Annual report of the Punjab Veterinary College and of the Civil Veterinary Department, Punjab - 1894-1908
Year: 1894
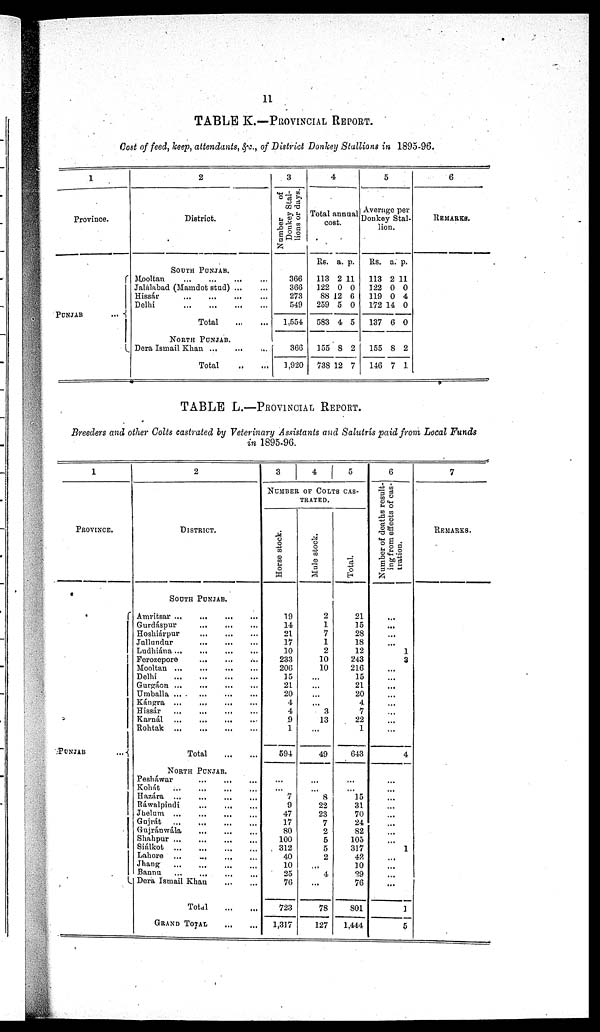
11
TABLE K.—PROVINCIAL REPORT.
Cost of feed, keep, attendants, &c., of District Donkey Stallions in 1895-96.
1
Province.
PUNJAB ...
2
District.
SOUTH PUNJAB.
Mooltan
...
...
...
Jalalabad (Mamdot stud) ...
Hissár ... ... ... ...
Delhi
...
...
...
...
Total
...
...
NORTH PUNJAB.
Dera Ismail Khan ... ... ...
Total
...
...
3
Number
of
Donkey Stal-
lions or days.
366
366
273
549
1,554
366
1,920
4
Total annual
cost.
Rs.
113
122
88
259
583
155
738
a.
2
0
12
5
4
8
12
p.
11
0
6
0
5
2
7
5
Average per
Donkey Stal-
lion.
Rs.
113
122
119
172
137
155
146
a.
2
0
0
14
6
8
7
p.
11
0
4
0
0
2
1
6
REMARKS.
TABLE L.—PROVINCIAL REPORT.
Breeders and other Colts castrated by Veterinary Assistants and Salutrís paid from Local Funds
in 1895-96.
1
PROVINCE.
PUNJAB
...
2
DISTRICT.
SOUTH PUNJAB.
Amritsar ... ... ... ... ...
Gurdáspur ... ... ... ...
Hoshiárpur ... ... ... ...
Jallundur ... ... ... ...
Ludhiána ... ... ... ... ...
Ferozepore ... ... ... ...
Mooltan ... ... ... ... ...
Delhi ... ... ... ... ...
Gurgáon ... ... ... ... ...
Umballa ... ... ... ... ...
Kángra ... ... ... ... ...
Hissár ... ... ... ... ...
Karnál ... ... ... ... ...
Rohtak ... ... ... ... ...
NORTH PUNJAB.
Peshawar ... ... ... ...
Kohát ... ... ... ... ...
Hazára ... ... ... ... ...
Rawalpindi ... ... ... ...
Jhelum ... ... ... ... ...
Gujrát ... ... ... ... ...
Gujránwála ... ... ... ...
Shahpur ... ... ... ... ...
Siálkot ... ... ... ... ...
Lahore ... ... ... ...
Jhang ... ... ... ... ...
Bannu .. ... ... ... ... .
Dera Ismail Khan ... ...
Total ... ...
GRAND TOTAL ... ...
3
4
5
NUMBER OF COLTS CAS-
TRATED.
Horse stock.
19
14
21
17
10
233
206
15
21
20
4
4
9
1
594
...
... 7
9
47
17
80
100
312
40
10
25
76
723
1,317
Mule stock.
2
1
7
1
2
10
10
...
...
... ...
3
13
...
49
...
... 8
22
23
7
2
5
5
2
...
4
...
78
127
Total.
21
15
28
18
12
243
216
15
21
20
4
7
22
1
643
...
...
15
31
70
24
82
105
317
42
10
29
76
801
1,444
6
Number of deaths result-
ing from effects of cas-
tration.
...
...
...
...
1
3
...
...
...
...
...
...
...
...
4
...
...
...
...
...
...
...
...
1
...
...
...
...
1
5
7
REMARKS.